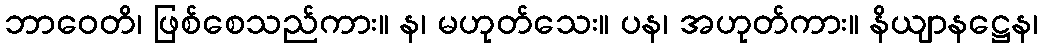
ဘာဝေတိ၊ ဖြစ်စေသည်ကား။ န၊ မဟုတ်သေး။ ပန၊ အဟုတ်ကား။ နိယျာနဋ္ဌေန၊